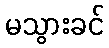
မသွားခင်